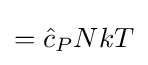
={\hat {c}}_{P}NkT